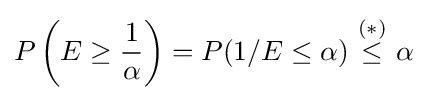
P\left(E\geq {\frac {1}{\alpha }}\right)=P(1/E\leq \alpha )\ {\overset {(*)}{\leq }}\ \alpha